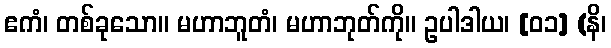
ဧကံ၊ တစ်ခုသော။ မဟာဘူတံ၊ မဟာဘုတ်ကို။ ဥပါဒါယ၊ [၀၁] (နိ၊